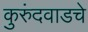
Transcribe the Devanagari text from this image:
कुरुंदवाडचे